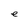
Character: e